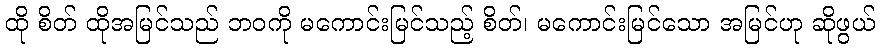
ထို စိတ် ထိုအမြင်သည် ဘဝကို မကောင်းမြင်သည့် စိတ်၊ မကောင်းမြင်သော အမြင်ဟု ဆိုဖွယ်